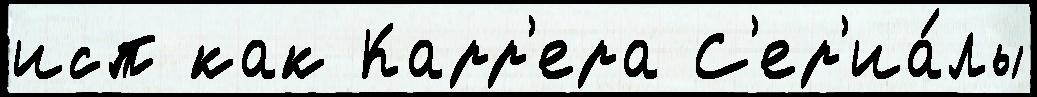
исп как Карр'ера С'ер'иа́лы